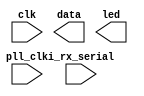

// Efinity Top-level template
// Version: 2023.2.307

// Copyright (C) 2013 - 2023 Efinix Inc. All rights reserved.

// This file may be used as a starting point for Efinity synthesis top-level target.
// The port list here matches what is expected by Efinity constraint files generated
// by the Efinity Interface Designer.

// To use this:
//     #1)  Save this file with a different name to a different directory, where source files are kept.
//              Example: you may wish to save as /home/kaush/Desktop/Efinity/WS2812_Protocol/WS2812_Protocol.v
//     #2)  Add the newly saved file into Efinity project as design file
//     #3)  Edit the top level entity in Efinity project to:  WS2812_Protocol
//     #4)  Insert design content.


module WS2812_Protocol
(
  input i_rx_serial,
  input pll_clk,
  input clk,
  output data,
  output led
);


endmodule